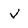
Character: v